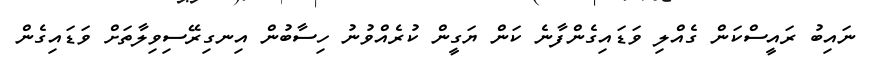
ނައިބު ރައީސްކަން ގެއްލި ވަޑައިގެންފާނެ ކަން ޔަގީން ކުރެއްވުނު ހިސާބުން އިނގިރޭސިވިލާތަށް ވަޑައިގެން